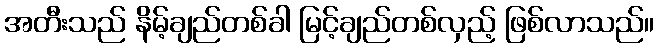
အတီးသည် နိမ့်ချည်တစ်ခါ မြင့်ချည်တစ်လှည့် ဖြစ်လာသည်။